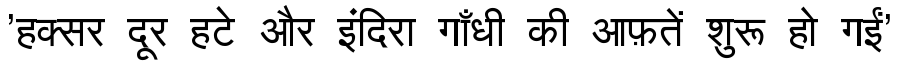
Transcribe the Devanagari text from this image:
'हक्सर दूर हटे और इंदिरा गाँधी की आफ़तें शुरू हो गईं'